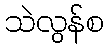
သဲလွန်စ